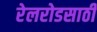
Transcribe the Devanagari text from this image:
रेलरोडसाठी